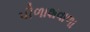
પીળાશવાળા